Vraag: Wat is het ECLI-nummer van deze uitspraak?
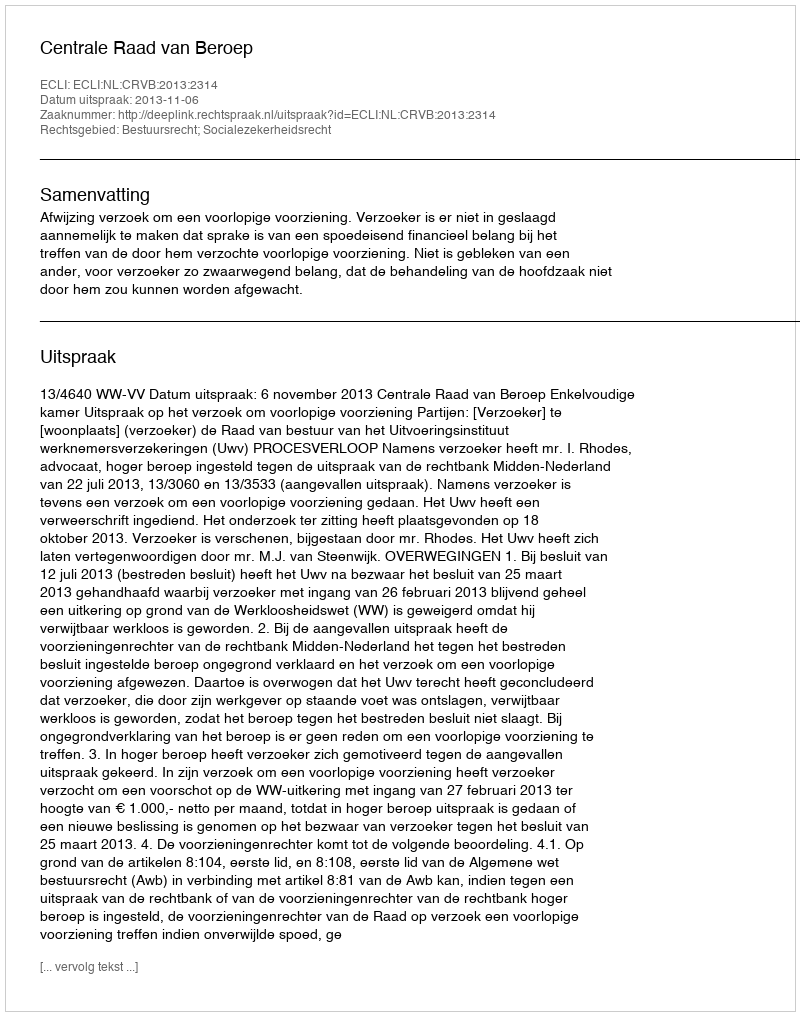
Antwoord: ECLI:NL:CRVB:2013:2314